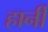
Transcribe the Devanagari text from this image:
हार्नी